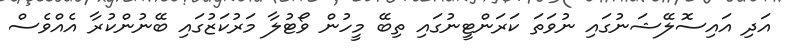
އަދި އައިސޮލޭޝަނުގައި ނުވަތަ ކަރަންޓީނުގައި ތިބޭ މީހުން ވޯޓުލާ މަރުކަޒުގައި ބޭނުންކުރާ އެއްވެސް